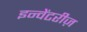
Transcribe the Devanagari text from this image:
इन्वेंटरीज़